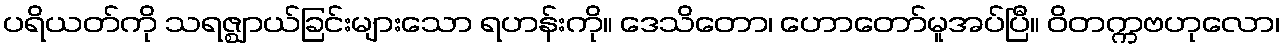
ပရိယတ်ကို သရဇ္ဈာယ်ခြင်းများသော ရဟန်းကို။ ဒေသိတော၊ ဟောတော်မူအပ်ပြီ။ ဝိတက္ကဗဟုလော၊